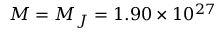
M = M _ { J } = 1 . 9 0 \times 1 0 ^ { 2 7 }